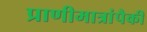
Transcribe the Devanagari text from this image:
प्राणीमात्रांपैकी